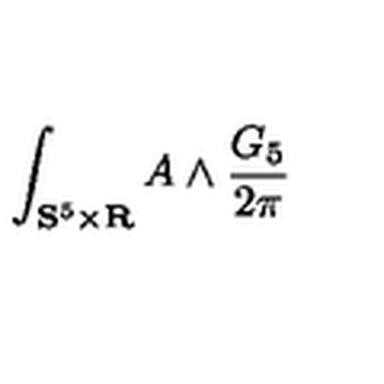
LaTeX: \int _ { \mathbf { S } ^ { 5 } \times \mathbf { R } } A \wedge \frac { G _ { 5 } } { 2 \pi }